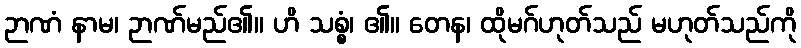
ဉာဏံ နာမ၊ ဉာဏ်မည်၏။ ဟိ သစ္စံ၊ ၏။ တေန၊ ထိုမဂ်ဟုတ်သည် မဟုတ်သည်ကို